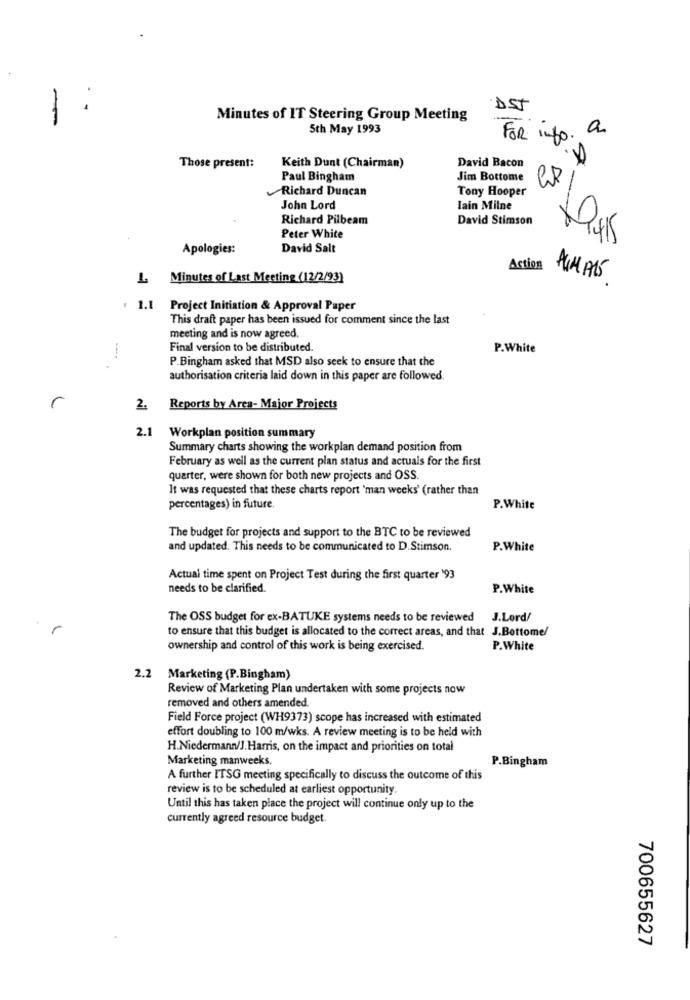
DST
1:
Minutes of IT Steering Group Meeting
5th May 1993
For info. a.
David Bacon
Those present:
Keith Dunt (Chairman)
Paul Bingham
Jim Bottome
83
-
Richard Duncan
Tony Hooper
John Lord
Iain Milne
Richard Pilbeam
David Stimson
Peter White
Apologies:
David Salt
Action
Minutes of Last Meeting (12/2/93]
: 1.1 Project Initiation & Approval Paper
This draft paper has been issued for comment since the last
meeting and is now agreed.
Final version to be distributed.
P.White
P.Bingham asked that MSD also seek to ensure that the
authorisation criteria laid down in this paper are followed.
r
2.
Reports by Area- Major Projects
2.1
Workplan position summary
Summary charts showing the workplan demand position from
February as well as the current plan status and actuals for the first
quarter, were shown for both new projects and OSS.
It was requested that these charts report 'man weeks' (rather than
percentages) in future.
P.White
The budget for projects and support to the BTC to be reviewed
and updated. This needs to be communicated to D.Stimson.
P.White
Actual time spent on Project Test during the first quarter '93
needs to be clarified.
P.White
The OSS budget for ex-BATUKE systems needs to be reviewed
J.Lord/
r
to ensure that this budget is allocated to the correct areas, and that J.Bottome/
ownership and control of this work is being exercised.
P.White
2.2
Marketing (P.Bingham)
Review of Marketing Plan undertaken with some projects now
removed and others amended.
Field Force project (WH9373) scope has increased with estimated
effort doubling to 100 m/wks. A review meeting is to be held with
H.Niedermann/J. Harris, on the impact and priorities on total
Marketing manweeks.
P.Bingham
A further ITSG meeting specifically to discuss the outcome of this
review is to be scheduled at earliest opportunity.
Until this has taken place the project will continue only up to the
currently agreed resource budget.
700655627